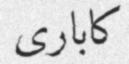
كاباری